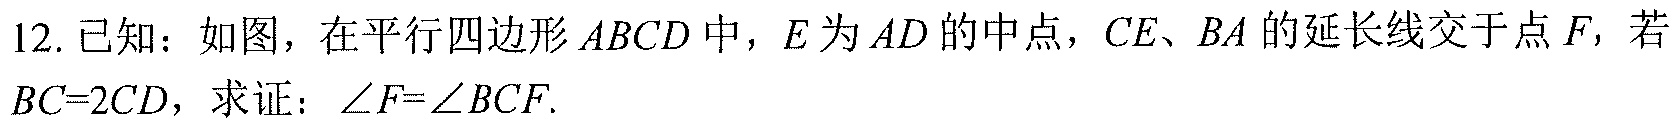
12. 已知：如图，在平行四边形\(ABCD\)中，\(E\)为\(AD\)的中点，\(CE、BA\)的延长线交于点\(F\)，若
\(BC = 2CD\)，求证：\(\angle F=\angle BCF\).